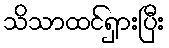
သိသာထင်ရှားပြီး